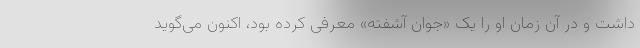
داشت و در آن زمان او را یک «جوان آشفته» معرفی کرده بود، اکنون می‌گوید